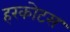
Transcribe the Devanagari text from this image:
हरकोटस